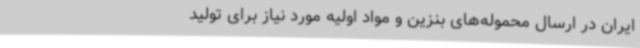
ایران در ارسال محموله‌های بنزین و مواد اولیه مورد نیاز برای تولید